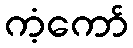
ကံ့ကော်